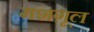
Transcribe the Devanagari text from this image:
मशग़ूल